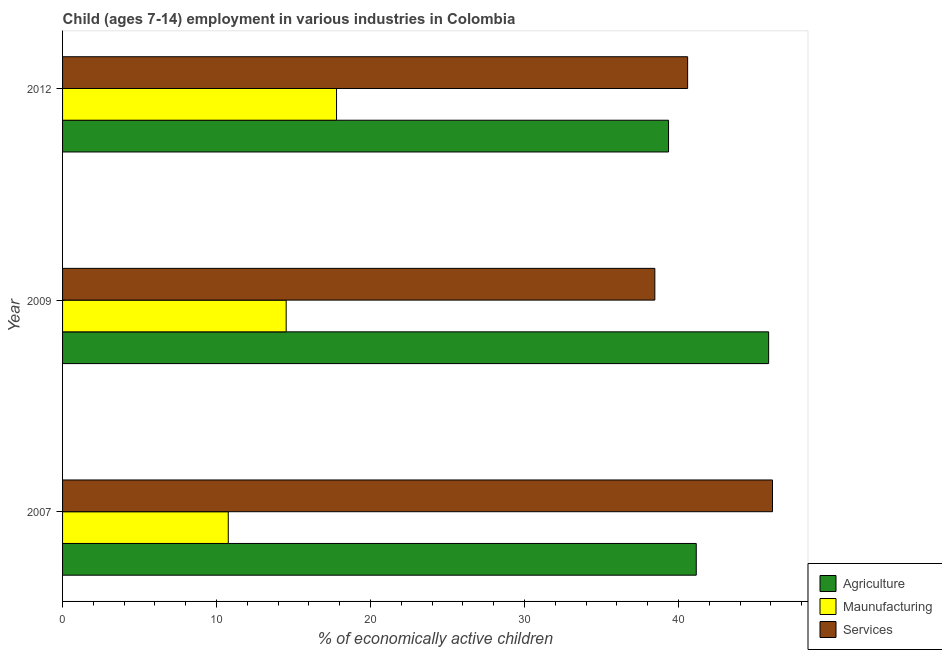
| Year | Agriculture | Maunufacturing | Services |
 | --- | --- | --- | --- |
 | 2007 | 41.1 | 10.8 | 46.1 |
 | 2009 | 45.9 | 14.5 | 38.5 |
 | 2012 | 39.4 | 17.8 | 40.6 |